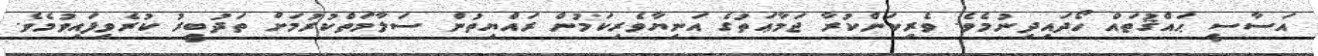
އަސާސީ ޙައްޤުތައް ހޯދައިދިނުމެވެ. ވެރިކަންކުރާ ޖަމާޢަތުގެ އަނިޔާވެރިކަމުން ރައްޔިތުން ސަލާމަތްކުރުމަށް ތަދުބީރު ކުރެވިފައިވުމެވެ.